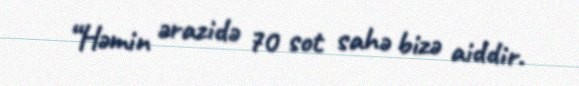
“Həmin ərazidə 70 sot sahə bizə aiddir.